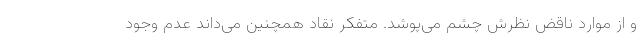
و از موارد ناقض نظرش چشم می‌پوشد. متفکر نقاد همچنین می‌داند عدم وجود